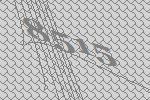
8515